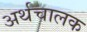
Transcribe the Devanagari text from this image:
अर्थचालक